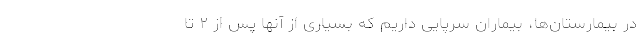
در بیمارستان‌ها، بیماران سرپایی داریم که بسیاری از آنها پس از ۲ تا